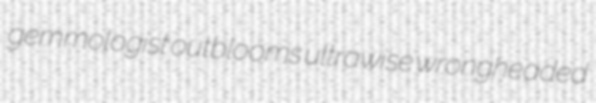
gemmologist outblooms ultrawise wrongheaded